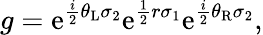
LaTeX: g=\mathrm{e}^{\frac{{i}}{{2}}\theta_{\mathrm{{L}}}\sigma_{2}}\mathrm{e}^{\frac{{1}}{{2}}r\sigma_{1}}\mathrm{e}^{\frac{{i}}{{2}}\theta_{\mathrm{{R}}}\sigma_{2}},